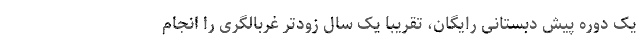
یک دوره پیش دبستانی رایگان، تقریبا یک سال زودتر غربالگری را انجام